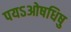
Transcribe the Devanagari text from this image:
पयऽओषधिषु